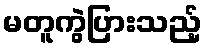
မတူကွဲပြားသည့်